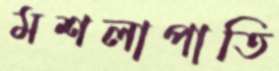
মশলাপাতি